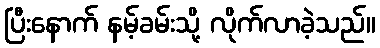
ပြီးနောက် နမ့်ခမ်းသို့ လိုက်လာခဲ့သည်။